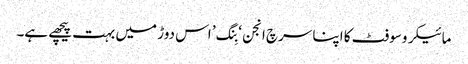
مائیکروسوفٹ کا اپنا سرچ انجن ‘بِنگ’ اس دوڑ میں بہت پیچھے ہے۔